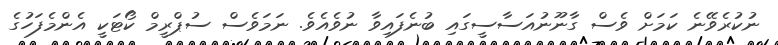
ނުކުރެވޭނެ ކަމަށް ވެސް ގާނޫނުއަސާސީގައި ބުނެފައިވާ ނުވެއެވެ. ނަމަވެސް ސުޕްރީމް ކޯޓަކީ އެންމެފަހުގެ